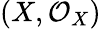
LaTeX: (X,{\mathcal{O}}_{X})